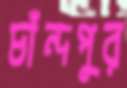
চাঁন্দপুর